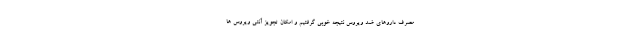
مصرف داروهای ضد ویروس نتیجه خوبی گرفتیم و امکان تجویز آنتی ویروس ها